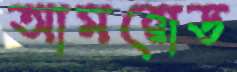
আমরোড